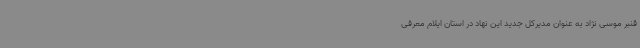
قنبر موسی نژاد به عنوان مدیرکل جدید این نهاد در استان ایلام معرفی